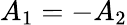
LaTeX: A_{1}=-A_{2}